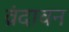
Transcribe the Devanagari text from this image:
व्रंदावन